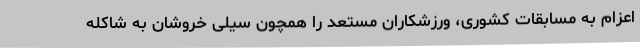
اعزام به مسابقات کشوری، ورزشکاران مستعد را همچون سیلی خروشان به شاکله